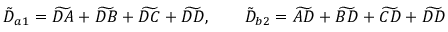
\tilde { D } _ { a 1 } = \widetilde { D A } + \widetilde { D B } + \widetilde { D C } + \widetilde { D D } , \qquad \tilde { D } _ { b 2 } = \widetilde { A D } + \widetilde { B D } + \widetilde { C D } + \widetilde { D D }